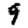
Digit: 9